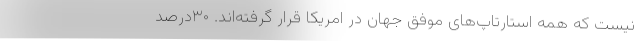
نیست که همه استارتاپ‌های موفق جهان در امریکا قرار گرفته‌اند. ۳۰درصد